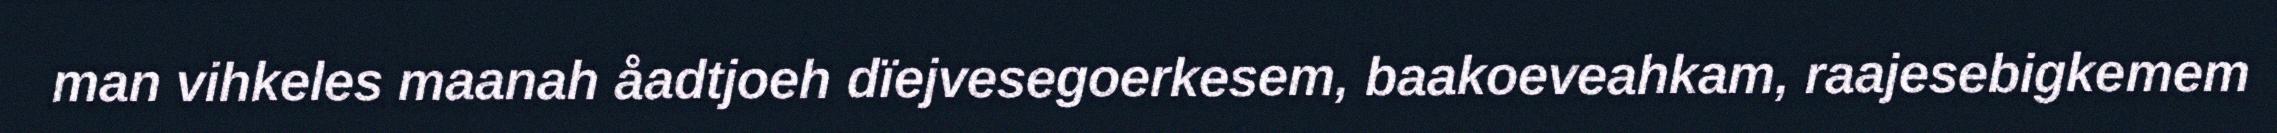
man vihkeles maanah åadtjoeh dïejvesegoerkesem, baakoeveahkam, raajesebigkemem